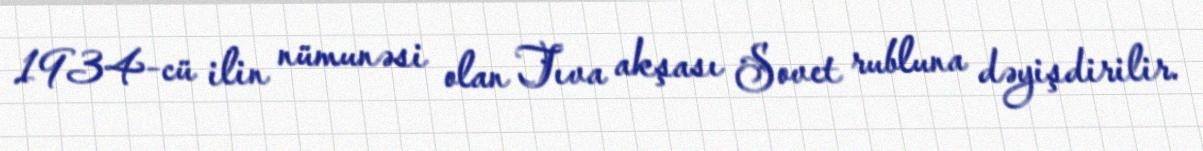
1934-cü ilin nümunəsi olan Tıva akşası Sovet rubluna dəyişdirilir.